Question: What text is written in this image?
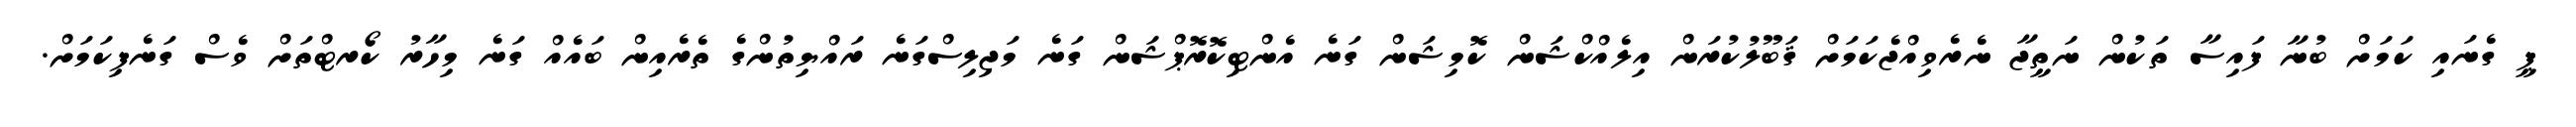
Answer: ޕީ ގެނައި ކަމަށް ބުނާ ފައިސާ ތަކުން ނަތީޖާ ނެރެވިއްޖެކަމަށް ޤަބޫލުކުރަން އިލެއްކްޝަން ކޮމިޝަން ގަނެ އެންޓިކޮރޮޕްޝަން ގަނެ މަޖިލިސްގަނެ ރައްޔިތުންގެ ތެރެއިން ބައެއް ގަނެ މިހާރު ކޯރޓްތަށް ވެސް ގަނެފިކަމަށް.